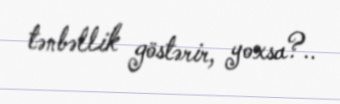
tənbəllik göstərir, yoxsa?..